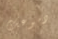
دموعك